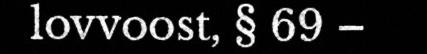
lovvoost, § 69 –